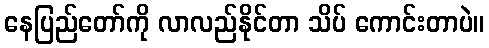
နေပြည်တော်ကို လာလည်နိုင်တာ သိပ် ကောင်းတာပဲ။